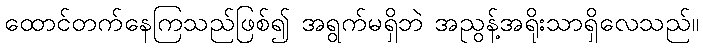
ထောင်တက်နေကြသည်ဖြစ်၍ အရွက်မရှိဘဲ အညွန့်အရိုးသာရှိလေသည်။